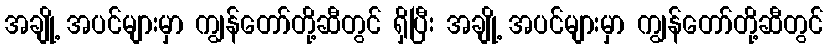
အချို့ အပင်များမှာ ကျွန်တော်တို့ဆီတွင် ရှိပြီး အချို့ အပင်များမှာ ကျွန်တော်တို့ဆီတွင်